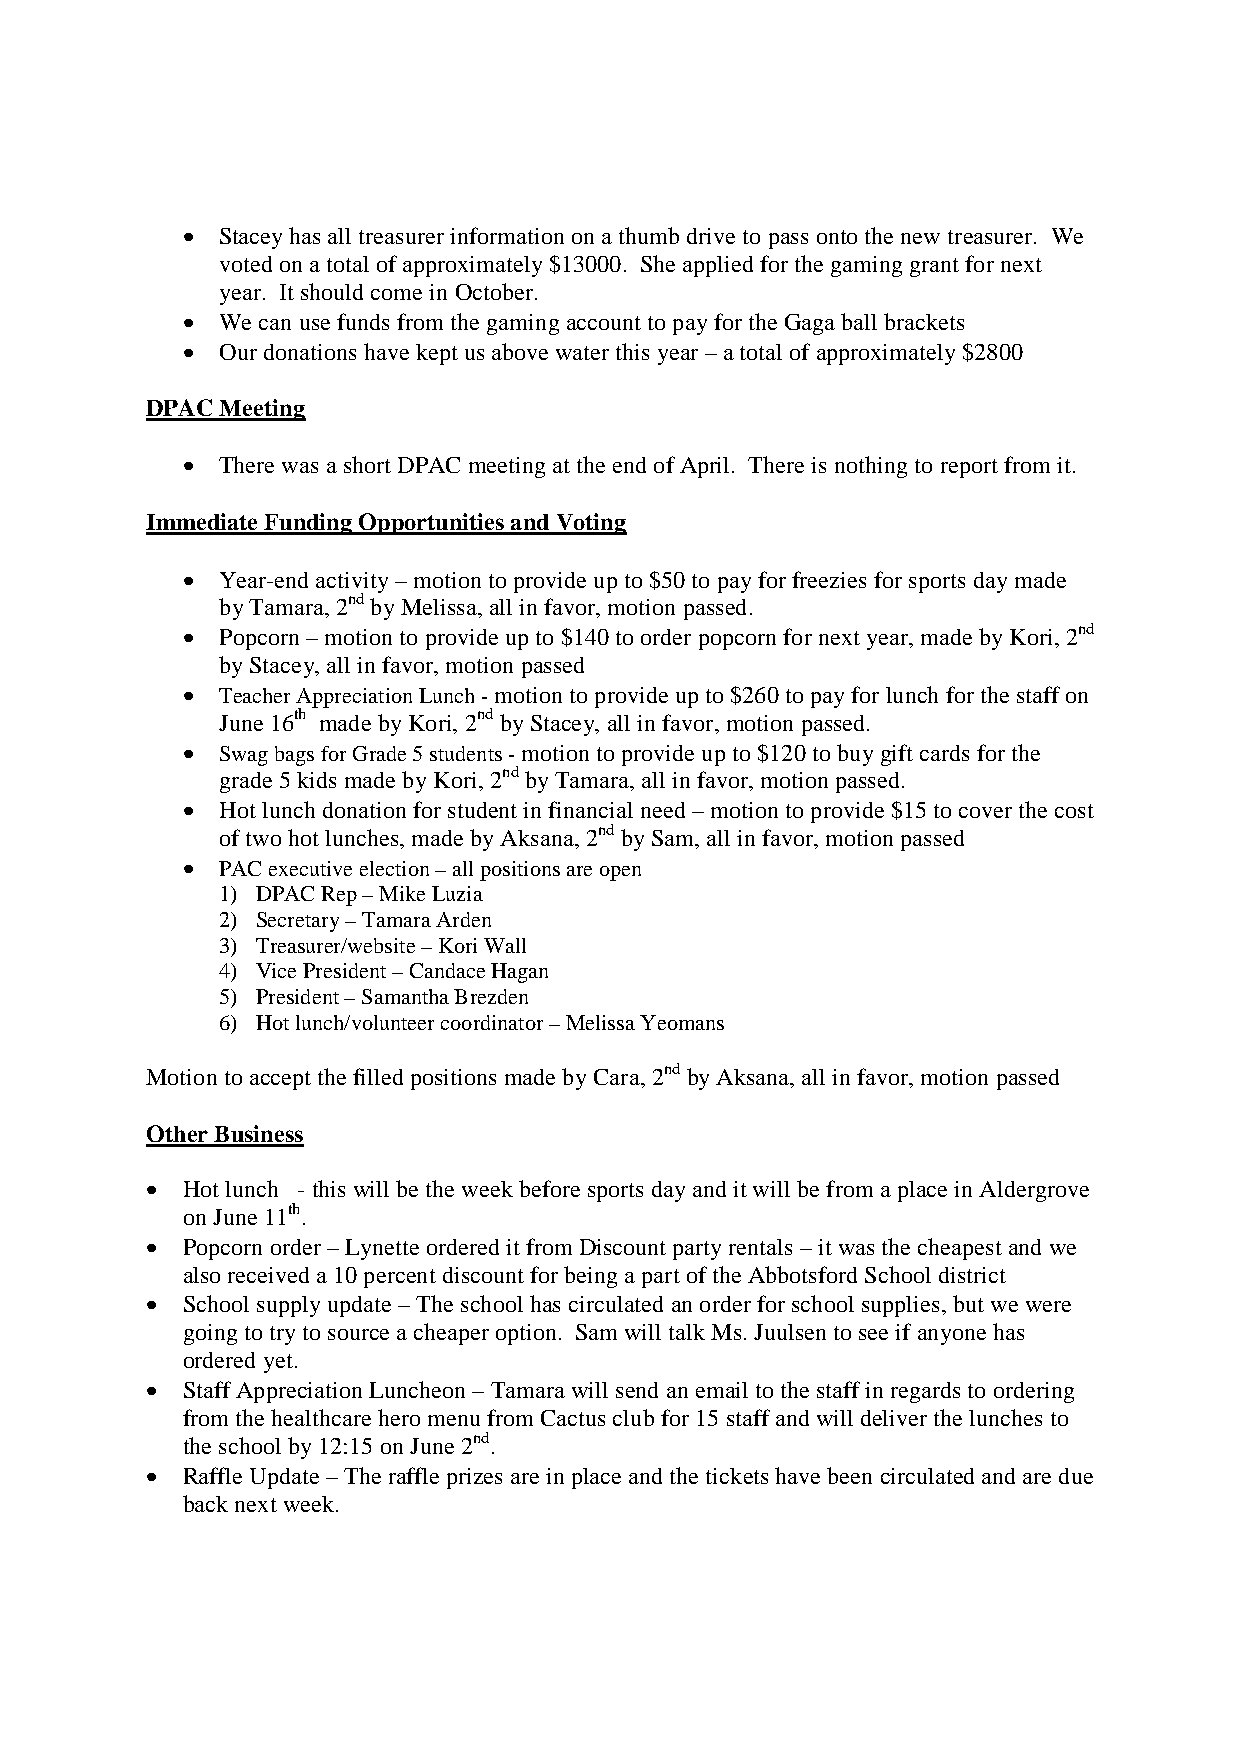
 Staceyhasalltreasurerinformationonathumbdrivetopass ontothenewtreasurer. We
 votedonatotalofapproximately$13000. Sheappliedforthegaminggrantfornext
 year. Itshouldcomein October.
  Wecanusefunds fromthegamingaccounttopayfortheGagaballbrackets
  Ourdonationshavekeptusabovewaterthis year –atotalofapproximately$2800
 DPACMeeting
  TherewasashortDPAC meetingattheendofApril. Thereis nothingtoreportfromit.
 ImmediateFunding OpportunitiesandVoting
  Year-endactivity– motiontoprovideupto$50topayforfreeziesforsportsdaymade
 byTamara,2ndbyMelissa,allinfavor,motionpassed.
  Popcorn–motiontoprovideupto$140toorder popcornfornextyear,madebyKori,2nd
 byStacey,allinfavor,motionpassed
  TeacherAppreciationLunch-motiontoprovideupto$260topayforlunchforthestaffon
 June16th madebyKori, 2ndbyStacey, allinfavor,motionpassed.
  SwagbagsforGrade5students-motiontoprovideupto$120tobuygiftcardsforthe
 grade5 kids madebyKori,2nd byTamara, allinfavor,motionpassed.
  Hotlunchdonationforstudentinfinancialneed – motiontoprovide$15tocoverthe cost
 oftwohotlunches,madebyAksana,2ndbySam, allinfavor, motionpassed
  PACexecutiveelection–allpositionsareopen
 1) DPACRep–MikeLuzia
 2) Secretary–TamaraArden
 3) Treasurer/website–KoriWall
 4) VicePresident–CandaceHagan
 5) President–SamanthaBrezden
 6) Hotlunch/volunteercoordinator–MelissaYeomans
 Motiontoacceptthefilledpositions madebyCara,2nd byAksana,allinfavor,motionpassed
 OtherBusiness
  Hotlunch -thiswillbetheweekbeforesports dayanditwillbefrom aplaceinAldergrove
 onJune11th.
  Popcornorder– Lynetteordereditfrom Discountpartyrentals –itwasthecheapestandwe
 alsoreceiveda10percentdiscountforbeingapartoftheAbbotsfordSchooldistrict
  Schoolsupplyupdate–Theschoolhas circulated anorderforschoolsupplies,butwewere
 goingtotrytosource acheaperoption. SamwilltalkMs.Juulsentoseeif anyonehas
 ordered yet.
  StaffAppreciation Luncheon–Tamarawill sendanemailtothestaffinregardsto ordering
 fromthehealthcarehero menufromCactusclubfor15staffand willdeliverthelunchesto
 theschoolby12:15onJune2nd.
  RaffleUpdate–Theraffleprizes areinplaceandtheticketshavebeencirculatedandaredue
 backnextweek.